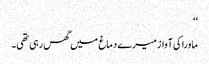
‘‘
ماورا کی آواز میرے دماغ میں گھس رہی تھی۔